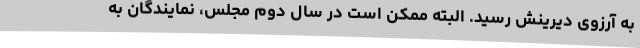
به آرزوی دیرینش رسید. البته ممکن است در سال دوم مجلس، نمایندگان به